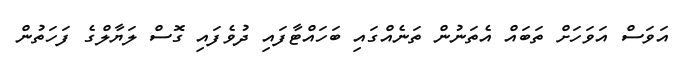
އަވަސް އަވަހަށް ތަބައް އެތަނުން ތަނެއްގައި ބަހައްޓާފައި ދުވެފައި ގޮސް ލަޔާލްގެ ފަހަތުން